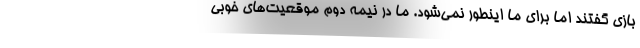
بازی گفتند اما برای ما اینطور نمی‌شود. ما در نیمه دوم موقعیت‌های خوبی